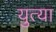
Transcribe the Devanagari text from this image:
युत्या